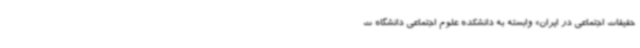
حقیقات اجتماعی در ایران» وابسته به دانشکده علوم اجتماعی دانشگاه ت